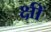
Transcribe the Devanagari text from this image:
क्षीं